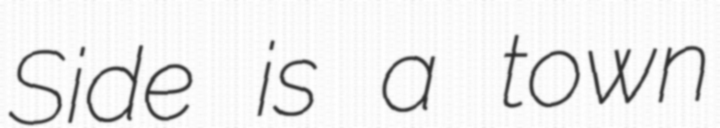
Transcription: Side is a town